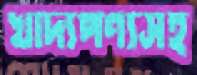
খাদ্যপণ্যসহ